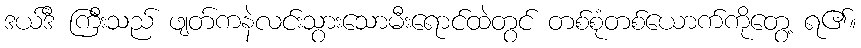
ဒယ်ဒီ ကြီးသည် ဖျတ်ကနဲလင်းသွားသောမီးရောင်ထဲတွင် တစ်စုံတစ်ယောက်ကိုတွေ့ ရ၏။